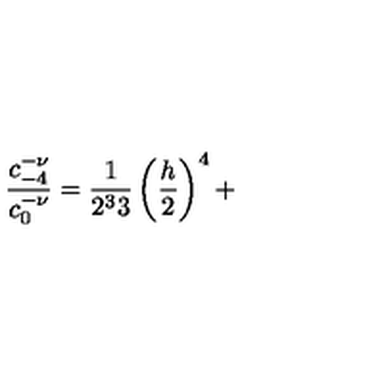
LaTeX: \frac { c _ { - 4 } ^ { - \nu } } { c _ { 0 } ^ { - \nu } } = \frac 1 { 2 ^ { 3 } 3 } \left( \frac h 2 \right) ^ { 4 } +